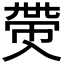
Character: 𠓶